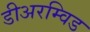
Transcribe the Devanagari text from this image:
डीअरम्विड